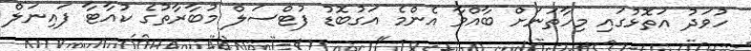
ހުވަދު އަތޮޅުގައި މިހާތަނަށް ބާއްވާ އެންމެ އަގުބޮޑު ފުޓްސަލް މުބާރާތުގެ ކުއާޓާ ފައިނަލް